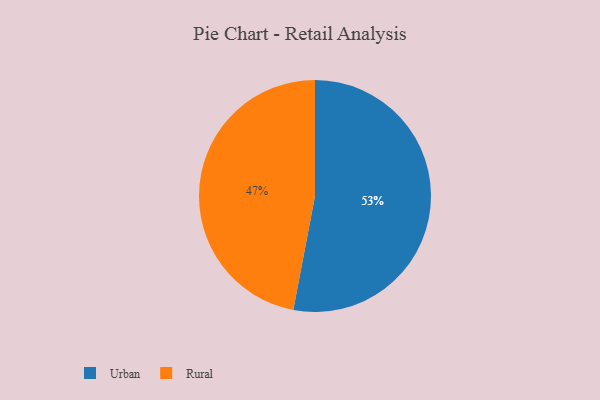
{"axis": {"x": "Category", "y": "Percentage"}, "legend": ["Rural", "Urban"], "data": [{"x": "Urban", "y": 53, "type": "Urban"}, {"x": "Rural", "y": 47, "type": "Rural"}]}